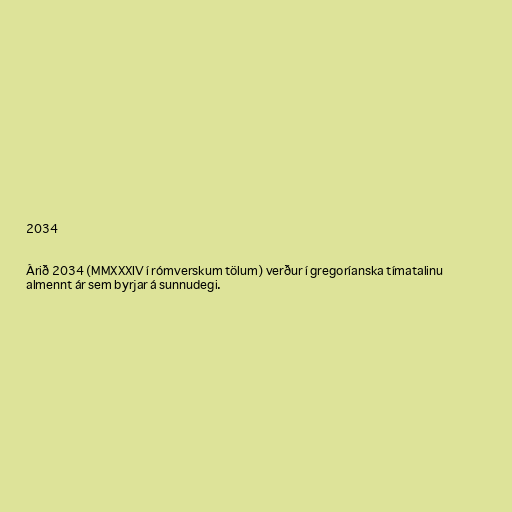
2034

Árið 2034 (MMXXXIV í rómverskum tölum) verður í gregoríanska tímatalinu
almennt ár sem byrjar á sunnudegi.